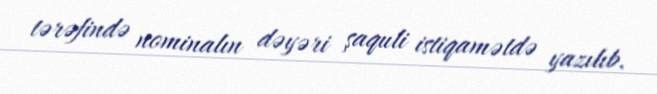
tərəfində nominalın dəyəri şaquli istiqamətdə yazılıb.